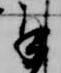
承